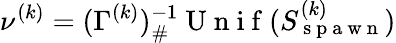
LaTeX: \nu^{(k)}=(\Gamma^{(k)})_{\# }^{-1}\mathrm{~U~n~i~f~}(S_{\mathrm{~s~p~a~w~n~}}^{(k)})